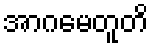
အာဂမေတူတိ